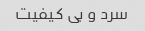
سرد و بی کیفیت